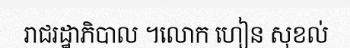
រាជរដ្ឋាភិបាល ។លោក ហៀន សុខល់